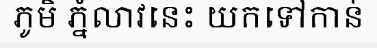
ភូមិ ភ្នំលាវនេះ យកទៅកាន់